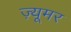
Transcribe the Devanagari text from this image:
ज़्यूमर